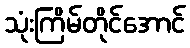
သုံးကြိမ်တိုင်အောင်